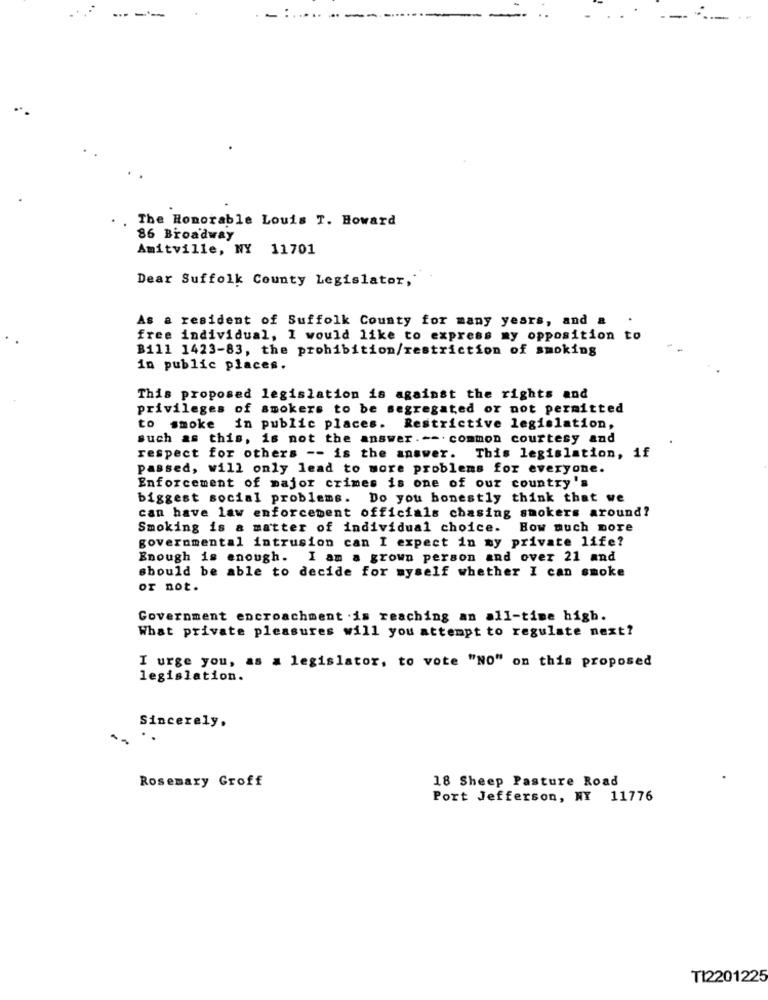
The Honorable Louis T. Howard
86 Broadway
Amitville, NY 11701
Dear Suffolk County Legislator,
As a resident of Suffolk County for many years, and a
free individual, I would like to express my opposition to
B111 1423-83, the prohibition/restriction of smoking
in public places.
This proposed legislation is against the rights and
privileges of smokers to be segregated or not permitted
to smoke
in public places. Restrictive legislation,
such as this, is not the answer. -- common courtesy and
respect for others -- is the answer. This legislation, if
passed, will only lead to more problems for everyone.
Enforcement of major crimes is one of our country's
biggest social problems. Do you honestly think that we
can have law enforcement officials chasing smokers around?
Smoking is a matter of individual choice. How much more
governmental intrusion can I expect in my private life?
Enough is enough. I am a grown person and over 21 and
should be able to decide for myself whether I can smoke
or not.
Government encroachment is reaching an all-time high.
What private pleasures will you attempt to regulate next?
I urge you, as a legislator, to vote "NO" on this proposed
legislation.
Sincerely,
..
Rosemary Groff
18 Sheep Pasture Road
Port Jefferson, NY 11776
TI2201225